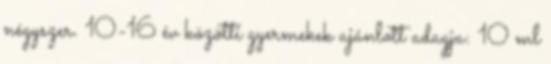
négyszer. 10-16 év közötti gyermekek ajánlott adagja: 10 ml